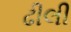
ઢીલી